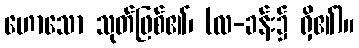
ဟောသော သုတ်ဖြစ်၏၊ (လ-ခန်း၌ ရှိ၏)။